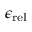
{ \epsilon _ { \mathrm { r e l } } }